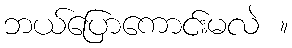
ဘယ်ပြောကောင်းမလဲ ။